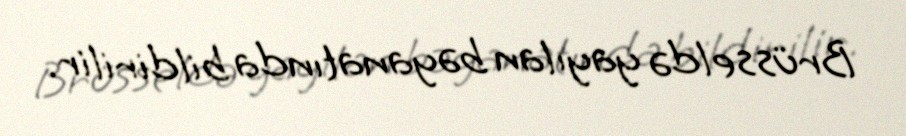
Brüsseldə yayılan bəyanatında bildirilir.